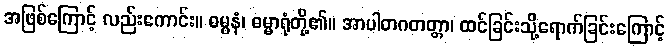
အဖြစ်ကြောင့် လည်းကောင်း။ ဓမ္မနံ၊ ဓမ္မာရုံတို့၏။ အာပါတဂတတ္တာ၊ ထင်ခြင်းသို့ရောက်ခြင်းကြောင့်